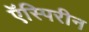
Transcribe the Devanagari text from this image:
ऍस्पिरीन